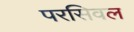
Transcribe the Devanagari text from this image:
परसिवल